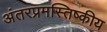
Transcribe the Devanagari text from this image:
अंतरप्रमस्तिष्‍कीय